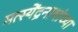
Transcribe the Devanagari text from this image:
मत्स्येंद्रनाथांच्या